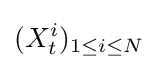
(X_{t}^{i})_{1\leq i\leq N}